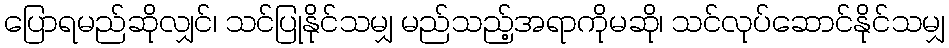
ပြောရမည်ဆိုလျှင်၊ သင်ပြုနိုင်သမျှ မည်သည့်အရာကိုမဆို၊ သင်လုပ်ဆောင်နိုင်သမျှ